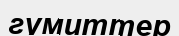
гумиттер